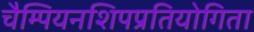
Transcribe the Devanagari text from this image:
चैम्पियनशिपप्रतियोगिता